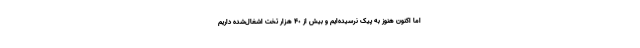
اما اکنون هنوز به پیک نرسیده‌ایم و بیش از ۴٠ هزار تخت اشغال‌شده داریم